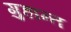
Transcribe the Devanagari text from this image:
गुहान्त